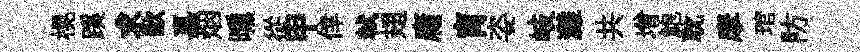
榥蹊求歐嘉烟曛從甲倖軾翅庸肓姿岐灘共增鮑耽摩琯防